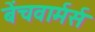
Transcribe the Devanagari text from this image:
बेंचवार्मर्स